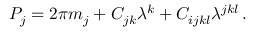
{ \cal P } _ { j } = 2 \pi m _ { j } + C _ { j k } \lambda ^ { k } + C _ { i j k l } \lambda ^ { j k l } \, .